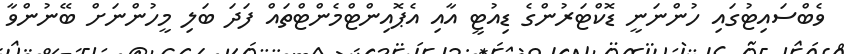
ވެބްސައިޓުގައި ހުންނަނީ ޑޮކްޓަރުންގެ ޑިއުޓީ އާއި އެޕޮއިންޓްމެންޓްތައް ފަދަ ބަލި މީހުންނަށް ބޭނުންވާ